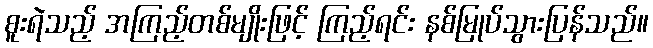
စူးရဲသည့် အကြည့်တစ်မျိုးဖြင့် ကြည့်ရင်း နစ်မြုပ်သွားပြန်သည်။